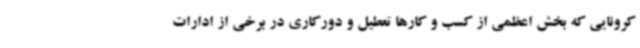
کرونایی که بخش اعظمی از کسب و کارها تعطیل و دورکاری در برخی از ادارات